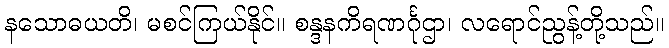
နသောဓယတိ၊ မစင်ကြယ်နိုင်။ စန္ဒနကိရဏင်္ဂုဌာ၊ လရောင်ညွန့်တို့သည်။